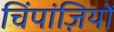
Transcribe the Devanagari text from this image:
चिंपांज़ियों